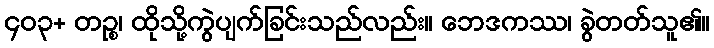
၄၀၃+ တဉ္စ၊ ထိုသို့ကွဲပျက်ခြင်းသည်လည်း။ ဘေဒကဿ၊ ခွဲတတ်သူ၏။